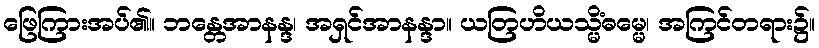
ဖြေကြားအပ်၏။ ဘန္တေအာနန္ဒ၊ အရှင်အာနန္ဒာ။ ယတြဟိယသ္မိံဓမ္မေ၊ အကြင်တရား၌။